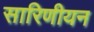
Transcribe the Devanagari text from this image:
सारिणीयन